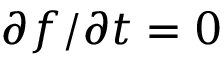
\partial f / \partial t = 0